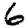
Digit: 6